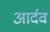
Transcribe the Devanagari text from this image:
आर्दव